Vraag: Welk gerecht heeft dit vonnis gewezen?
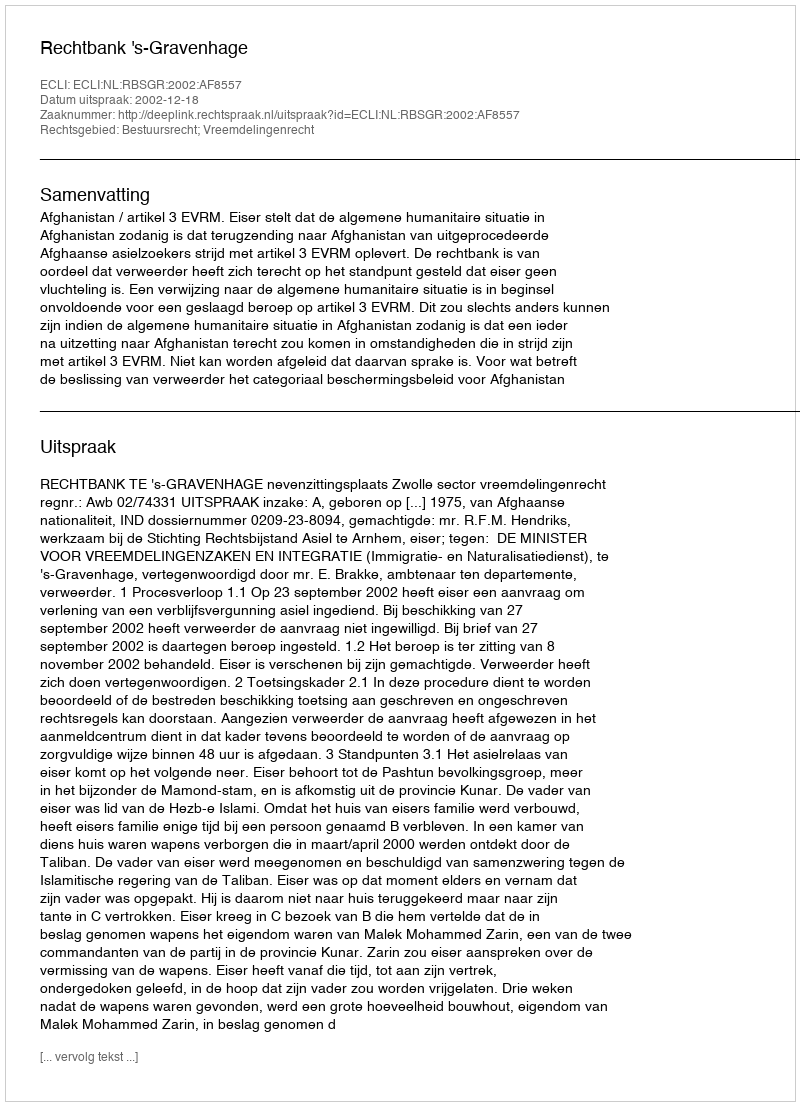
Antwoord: Rechtbank 's-Gravenhage